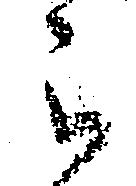
被